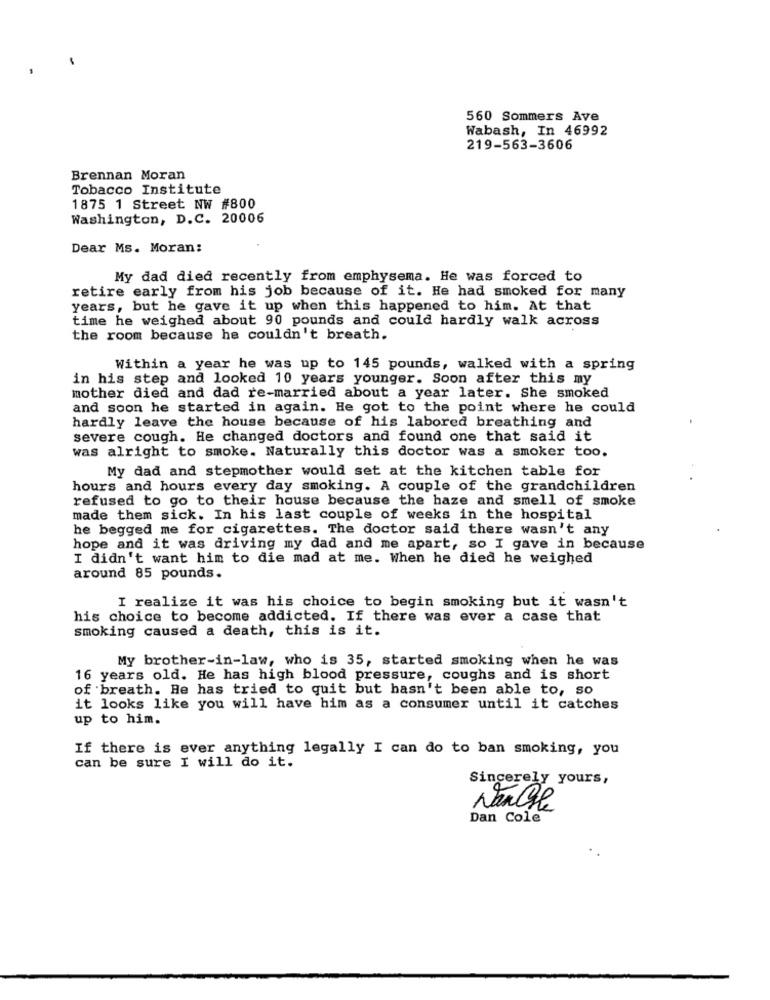
560 Sommers Ave
Wabash, In 46992
219-563-3606
Brennan Moran
Tobacco Institute
1875 1 Street NW #800
Washington, D.C. 20006
Dear Ms. Moran:
My dad died recently from emphysema. He was forced to
retire early from his job because of it. He had smoked for many
years, but he gave it up when this happened to him. At that
time he weighed about 90 pounds and could hardly walk across
the room because he couldn't breath.
Within a year he was up to 145 pounds, walked with a spring
in his step and looked 10 years younger. Soon after this my
mother died and dad re-married about a year later. She smoked
and soon he started in again. He got to the point where he could
hardly leave the house because of his labored breathing and
severe cough. He changed doctors and found one that said it
was alright to smoke. Naturally this doctor was a smoker too.
My dad and stepmother would set at the kitchen table for
hours and hours every day smoking. A couple of the grandchildren
refused to go to their house because the haze and smell of smoke
made them sick. In his last couple of weeks in the hospital
he begged me for cigarettes. The doctor said there wasn't any
hope and it was driving my dad and me apart, so I gave in because
I didn't want him to die mad at me. When he died he weighed
around 85 pounds.
I realize it was his choice to begin smoking but it wasn't
his choice to become addicted. If there was ever a case that
smoking caused a death, this is it.
My brother-in-law, who is 35, started smoking when he was
16 years old. He has high blood pressure, coughs and is short
of breath. He has tried to quit but hasn't been able to, so
it looks like you will have him as a consumer until it catches
up to him.
If there is ever anything legally I can do to ban smoking, you
can be sure I will do it.
Sincerely yours,
Nance
Dan Cole